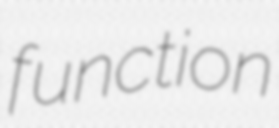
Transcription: function